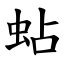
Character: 蛅